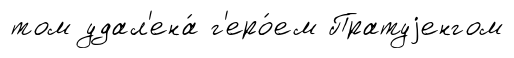
том удал'ена́ г'еро́ем Пратуjенгом